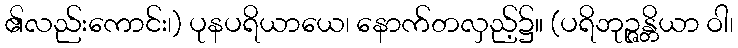
၏လည်းကောင်း၊) ပုနပရိယာယေ၊ နောက်တလှည့်၌။ (ပရိဘုဉ္ဇန္တိယာ ဝါ၊